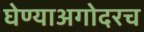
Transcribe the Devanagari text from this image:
घेण्याअगोदरच